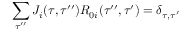
\sum _ { \tau ^ { \prime \prime } } J _ { i } ( \tau , \tau ^ { \prime \prime } ) R _ { 0 i } ( \tau ^ { \prime \prime } , \tau ^ { \prime } ) = \delta _ { \tau , \tau ^ { \prime } }